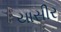
યાસીર